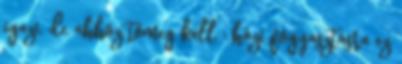
igazi, de ahhoz tömeg kell : házi fogyasztásra ez